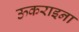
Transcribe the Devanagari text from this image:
ऊकराइना